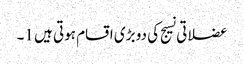
عضلاتی نسیج کی دو بڑی اقسام ہوتی ہیں 1۔